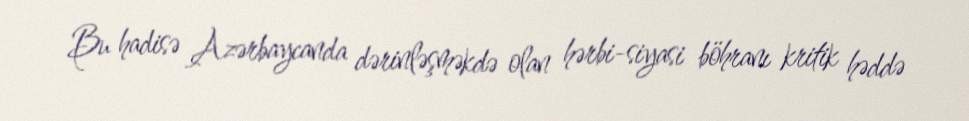
Bu hadisə Azərbaycanda dərinləşməkdə olan hərbi-siyasi böhranı kritik həddə